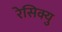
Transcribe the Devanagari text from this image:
रेसिक्यु